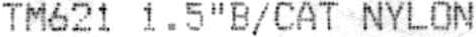
TM621 1.5"B/CAT NYLON